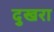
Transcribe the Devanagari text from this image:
दुखरा